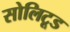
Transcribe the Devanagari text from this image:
सोलिटूड